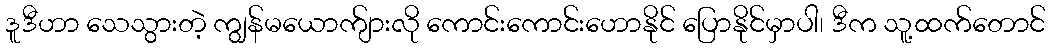
ဒူဒီဟာ သေသွားတဲ့ ကျွန်မယောက်ျားလို ကောင်းကောင်းဟောနိုင် ပြောနိုင်မှာပါ၊ ဒီက သူ့ထက်တောင်